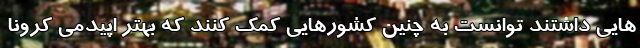
هایی داشتند توانست به چنین کشورهایی کمک کنند که بهتر اپیدمی کرونا